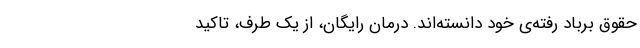
حقوقِ برباد رفته‌ی خود دانسته‌اند. درمان رایگان، از یک طرف، تاکید